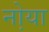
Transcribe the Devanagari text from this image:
नो़या